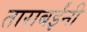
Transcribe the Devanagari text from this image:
ताराबईंनी